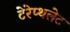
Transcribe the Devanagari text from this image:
टेरेप्थलेट